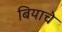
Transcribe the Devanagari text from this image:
बियाचे